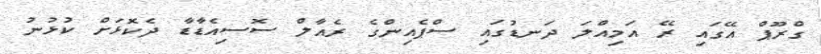
ގްރޫޕް އޭގައި ރޭ އަމިއްލަ ދަނޑުގައި ސްޕެއިންގެ ރެއާލް ސޮސިއެޑާޑާ ދެކޮޅަށް ކުޅުނު